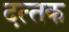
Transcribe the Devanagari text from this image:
दत्‍तक